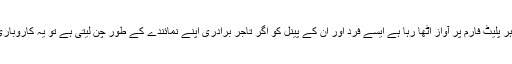
اگر ایک فرد کسی نمائندگی کے بغیر اپنی برادری کے لئے ہر پلیٹ فارم پر آواز اُٹھا رہا ہے ایسے فرد اور ان کے پینل کو اگر تاجر برادری اپنے نمائندے کے طور چن لیتی ہے تو یہ کاروباری افراد اور عام عوام کے لئے بھی بہترین فیصلہ ہوسکتا ہے۔